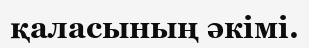
қаласының әкімі.